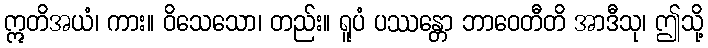
ဣတိအယံ၊ ကား။ ဝိသေသော၊ တည်း။ ရူပံ ပဿန္တော ဘာဝေတီတိ အာဒီသု၊ ဤသို့